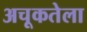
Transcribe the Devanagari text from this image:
अचूकतेला